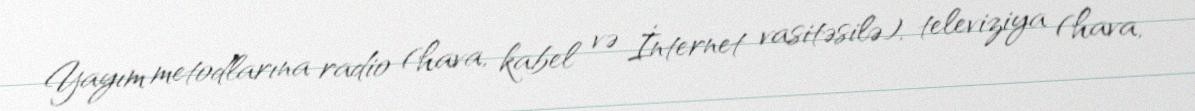
Yayım metodlarına radio (hava, kabel və İnternet vasitəsilə), televiziya (hava,